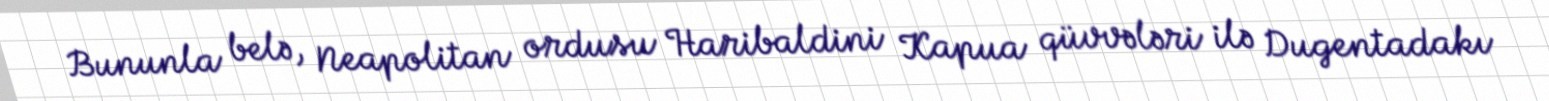
Bununla belə, Neapolitan ordusu Haribaldini Kapua qüvvələri ilə Dugentadakı